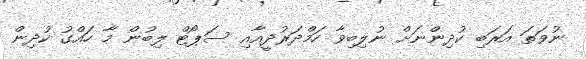
ނުވަތަ އަރަބި ކުދިންނަށް ނުލިބިވާ ހަމްދަރުދީއާއި ސަޕޯޓް ލިބުން މާ ހައްގު ކުދިން